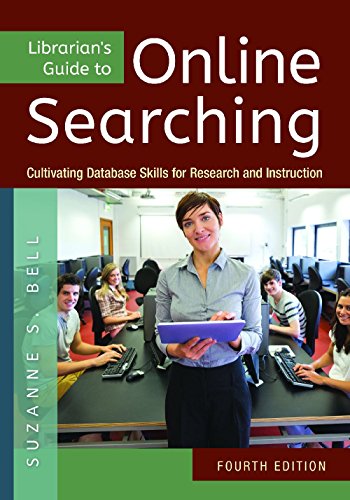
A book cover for Librarian's Guide to Online Searching: Cultivating Database Skills for Research and Instruction, 4th Edition; Suzanne S. Bell; Politics & Social Sciences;